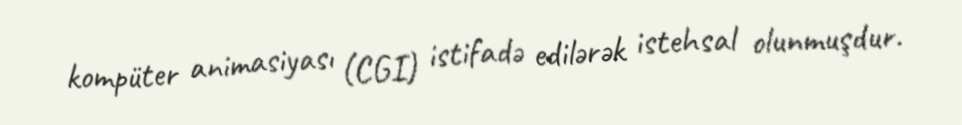
kompüter animasiyası (CGI) istifadə edilərək istehsal olunmuşdur.